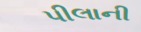
પીલાની